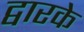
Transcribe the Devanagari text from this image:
द्वारके